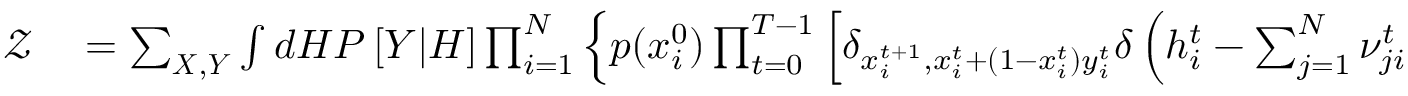
\begin{array} { r l } { \mathcal { Z } } & { { } = \sum _ { \boldsymbol { X } , \boldsymbol { Y } } \int d \boldsymbol { H } P \left[ \boldsymbol { Y } | \boldsymbol { H } \right] \prod _ { i = 1 } ^ { N } \left\{ p ( x _ { i } ^ { 0 } ) \prod _ { t = 0 } ^ { T - 1 } \left[ \delta _ { x _ { i } ^ { t + 1 } , x _ { i } ^ { t } + ( 1 - x _ { i } ^ { t } ) y _ { i } ^ { t } } \delta \left( h _ { i } ^ { t } - \sum _ { j = 1 } ^ { N } \nu _ { j i } ^ { t } x _ { j } ^ { t } \right) \right] \right\} } \end{array}